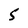
Character: 5